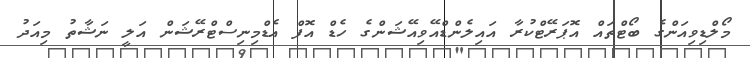
މޯލްޑިވިއަންގެ ބޯޓްތައް އޮޕަރޭޓްކުރާ އައިލެންޑްއޭވިއޭޝަންގެ ހެޑް އޮފް އެޑްމިނިސްޓްރޭޝަން އަލީ ނަޝާތު މިއަދު